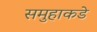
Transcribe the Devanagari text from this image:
समुहाकडे